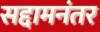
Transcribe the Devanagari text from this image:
सद्दामनंतर